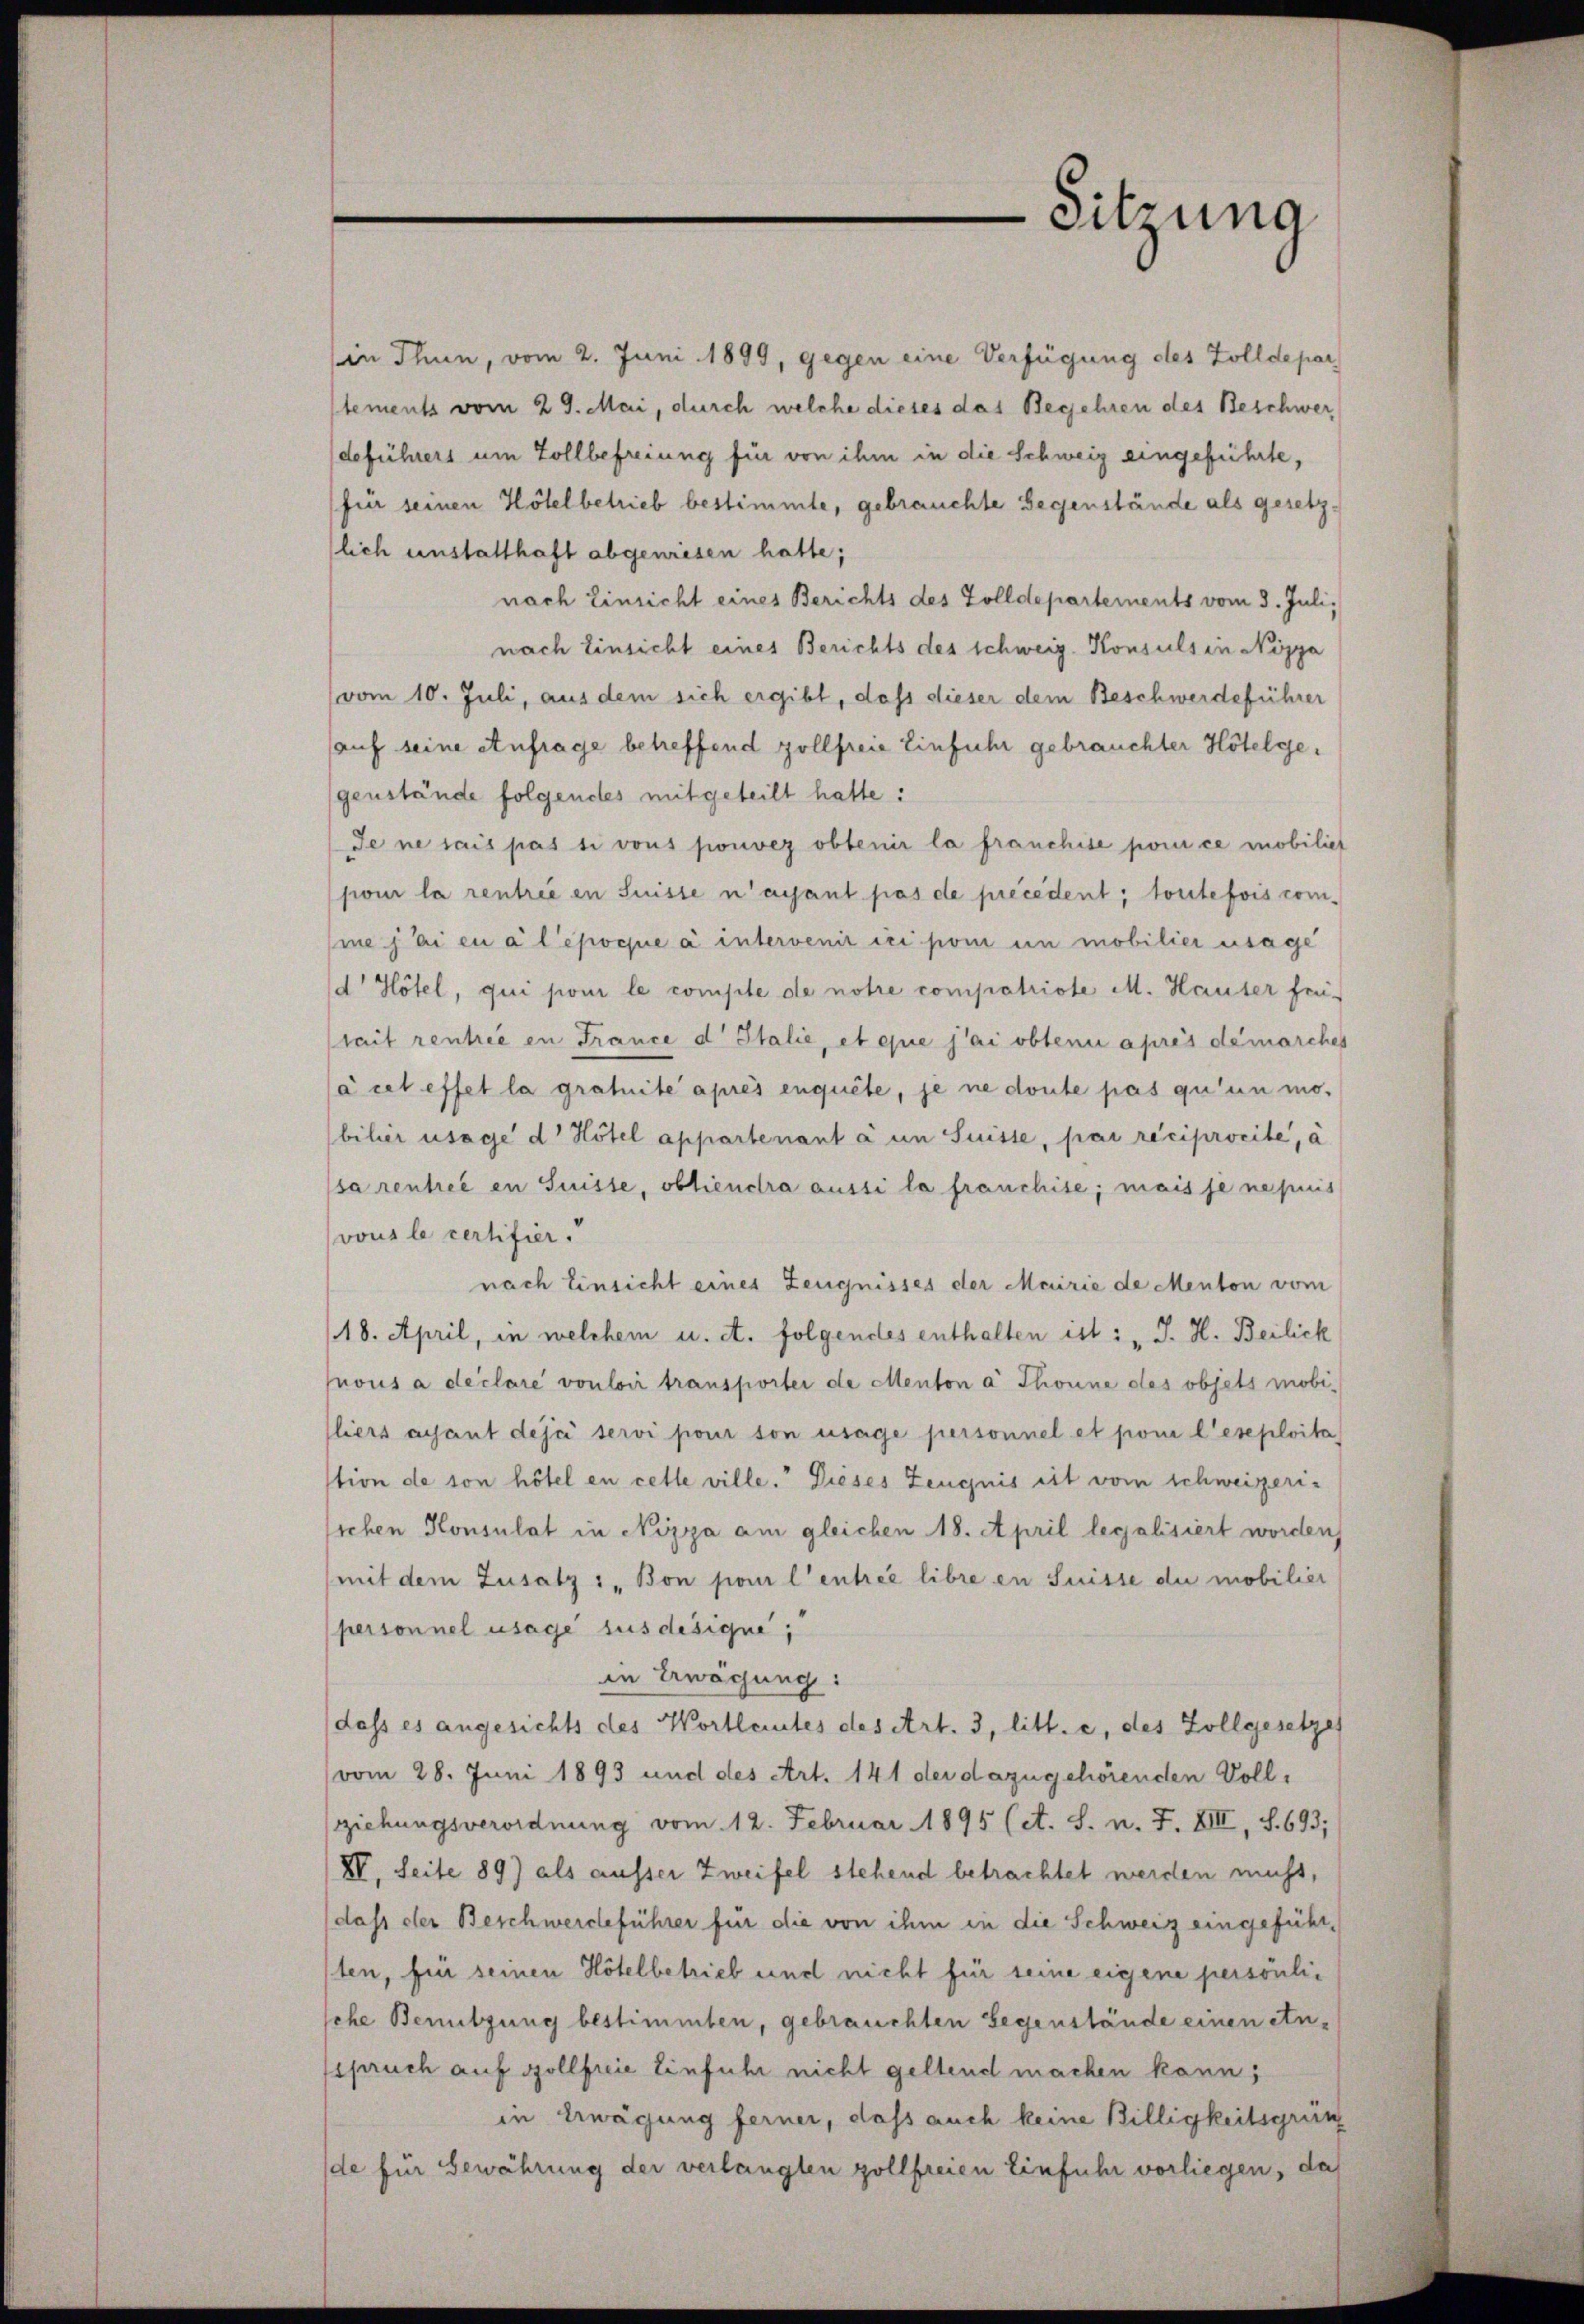
in Thun, vom 2. Juni 1899, gegen eine Verfügung des Zolldepar
stements vom 29. Mai, durch welche dieses das Begehren des Beschwerdeführers um Zollbefreiung für von ihm in die Schweiz eingeführte,
(für seinen Hotel betrieb bestimmte, gebrauchte Gegenstände als gesetzlich anstatthaft abgewiesen hatte;
nach Einsicht eines Berichts des Zolldepartements vom 3. Juli,
nach Einsicht eines Berichts des schweiz. Konsuls in Nippa
vom 10. Juli, aus dem sich ergibt, dass dieser dem Beschwerdeführer
auf seine Anfrage betreffend zollfreie Einfuhr gebrauchter Hötelgegenstände folgendes mitgeteilt hatte:
Je ne sais pas si vous pouvez obtenir la franchise pour ce mobilie
jour la rentrée en Suisse n’ayant pas de précédent; toutefois commejai en à l’époque à intervenirici pom in mobilier usage
d Hotel, qui pour le comple de notre compatriote M. Hauser frütait rentrie in France d Italie, et que jai obtenu après démarches
à cet effet la gratuite après enquête, je ne doute pas qu’un mobilier usage d Hotel appartenant à un Suisse, par reciprocité, à
sa rentrée en Suisse, obtiendra aussi la franchise; mais je nepuis
vous le certifier.
nach Einsicht eines Zeugnisses der Mairie de Menton vom
18. April, in welchem u. et. folgendes enthalten ist: „J. H. Beilick
sous a declare vouloir transporter de Menton a Thonne des objets mobi-
liers ayant deja servi pour son usage personnel et pour l’eseploita
stion de son hötel en celle ville. Dieses Zeugnis eit vom schweizerisichen Konsulat in Nizza am gleichen 18. April legalisiert worden
(mit dem Zusatz : „Bon pour l’entree libre en Suisse die mobilier
personnel usage sus desique;
in Erwägung:
dass es angesichts des Wortleistes des Art. 3, litt. c, des Zollgesetzes
vom 28. Juni 1893 und des Art. 141 der dazugehörenden Vollziehungsverordnung vom 12. Februar 1895 (et. S. n. F. XIII, S. 693;
IV. Seite 89) als ausser Zweifel stehend betrachtet werden muss,
dass der Beschwerdeführer für die von ihm in die Schweiz eingeführsten, für seinen Höfelbetrieb und nicht für seine eigene persönlic
sche Benützung bestimmten, gebrauchten Gegenstände einen etnsspruch auf Gollfreie Einfuhr nicht geltend machen kann;
in Erwägung ferner, dass auch keine Billigkeitsgrün
de für Gewährung der verlangten zollfreien Einfuhr vorliegen, daß

-Sitzung